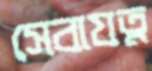
সেবাযত্ন